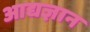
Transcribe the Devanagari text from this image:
आद्यज्ञान